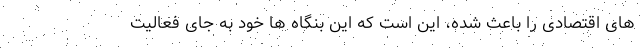
های اقتصادی را باعث شده، این است که این بنگاه ها خود به جای فعالیت